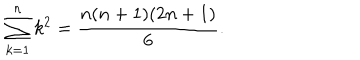
\sum _ { k = 1 } ^ { n } k ^ { 2 } = \frac { n ( n + 1 ) ( 2 n + 1 ) } { 6 } .